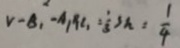
v - B _ { 1 } - A _ { 1 } R C _ { 1 } = \frac { 1 } { 3 } s h = \frac { 1 } { 4 }